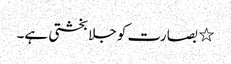
٭ بصارت کو جلا بخشتی ہے۔